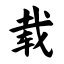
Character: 载